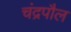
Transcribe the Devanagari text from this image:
चंद्रपौल